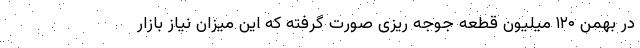
در بهمن ۱۲۰ میلیون قطعه جوجه ریزی صورت گرفته که این میزان نیاز بازار